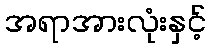
အရာအားလုံးနှင့်